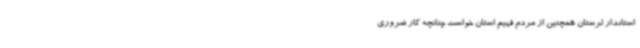
استاندار لرستان همچنین از مردم فهیم استان خواست چنانچه کار ضروری